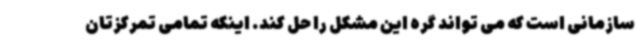
سازمانی است که می تواند گره این مشکل را حل کند. اینکه تمامی تمرکزتان